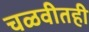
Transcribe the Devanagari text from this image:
चळवीतही